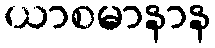
ယာစမာနာန